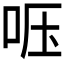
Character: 𱒔